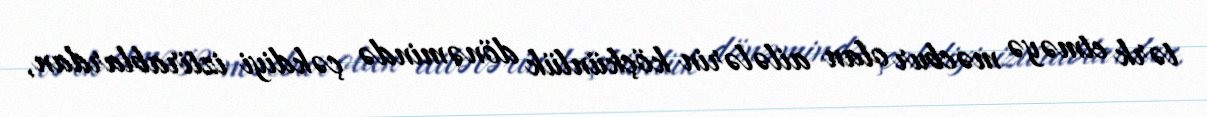
tərk etməyə məcbur olan ailələrin köçkünlük dönəmində çəkdiyi iztirablardan,